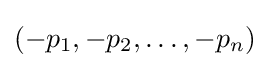
(-p_{1},-p_{2},\dots ,-p_{n})